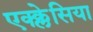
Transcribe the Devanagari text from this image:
एक्क्लेसिया